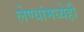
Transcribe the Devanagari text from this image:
लेण्यांमध्येही